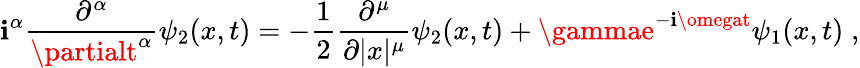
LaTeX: \mathbf{i}^{\alpha}\frac{{\partial^{\alpha}}}{{\partialt^{\alpha}}}\psi_{2}(x,t)=-\frac{{1}}{{2}}\frac{{\partial^{\mu}}}{{\partial|x|^{\mu}}}\psi_{2}(x,t)+\gammae^{-\mathbf{i}\omegat}\psi_{1}(x,t)\; ,